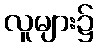
လူများ၌